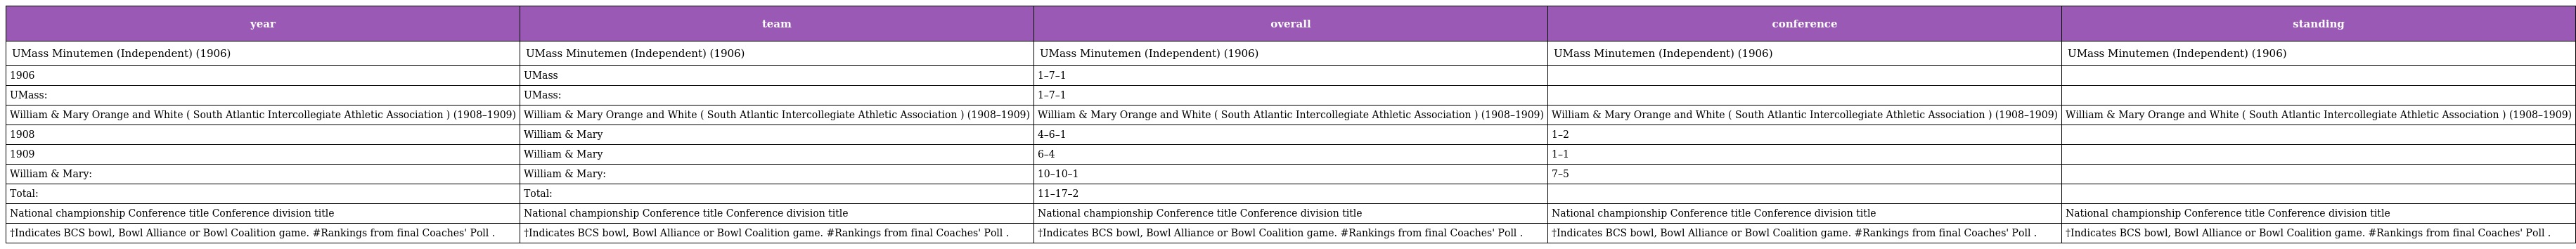
| year | team | overall | conference | standing |
 | --- | --- | --- | --- | --- |
 | UMass Minutemen (Independent) (1906) | UMass Minutemen (Independent) (1906) | UMass Minutemen (Independent) (1906) | UMass Minutemen (Independent) (1906) | UMass Minutemen (Independent) (1906) |
 | 1906 | UMass | 1–7–1 |  |  |
 | UMass: | UMass: | 1–7–1 |  |  |
 | William & Mary Orange and White ( South Atlantic Intercollegiate Athletic Association ) (1908–1909) | William & Mary Orange and White ( South Atlantic Intercollegiate Athletic Association ) (1908–1909) | William & Mary Orange and White ( South Atlantic Intercollegiate Athletic Association ) (1908–1909) | William & Mary Orange and White ( South Atlantic Intercollegiate Athletic Association ) (1908–1909) | William & Mary Orange and White ( South Atlantic Intercollegiate Athletic Association ) (1908–1909) |
 | 1908 | William & Mary | 4–6–1 | 1–2 |  |
 | 1909 | William & Mary | 6–4 | 1–1 |  |
 | William & Mary: | William & Mary: | 10–10–1 | 7–5 |  |
 | Total: | Total: | 11–17–2 |  |  |
 | National championship Conference title Conference division title | National championship Conference title Conference division title | National championship Conference title Conference division title | National championship Conference title Conference division title | National championship Conference title Conference division title |
 | †Indicates BCS bowl, Bowl Alliance or Bowl Coalition game. #Rankings from final Coaches' Poll . | †Indicates BCS bowl, Bowl Alliance or Bowl Coalition game. #Rankings from final Coaches' Poll . | †Indicates BCS bowl, Bowl Alliance or Bowl Coalition game. #Rankings from final Coaches' Poll . | †Indicates BCS bowl, Bowl Alliance or Bowl Coalition game. #Rankings from final Coaches' Poll . | †Indicates BCS bowl, Bowl Alliance or Bowl Coalition game. #Rankings from final Coaches' Poll . |